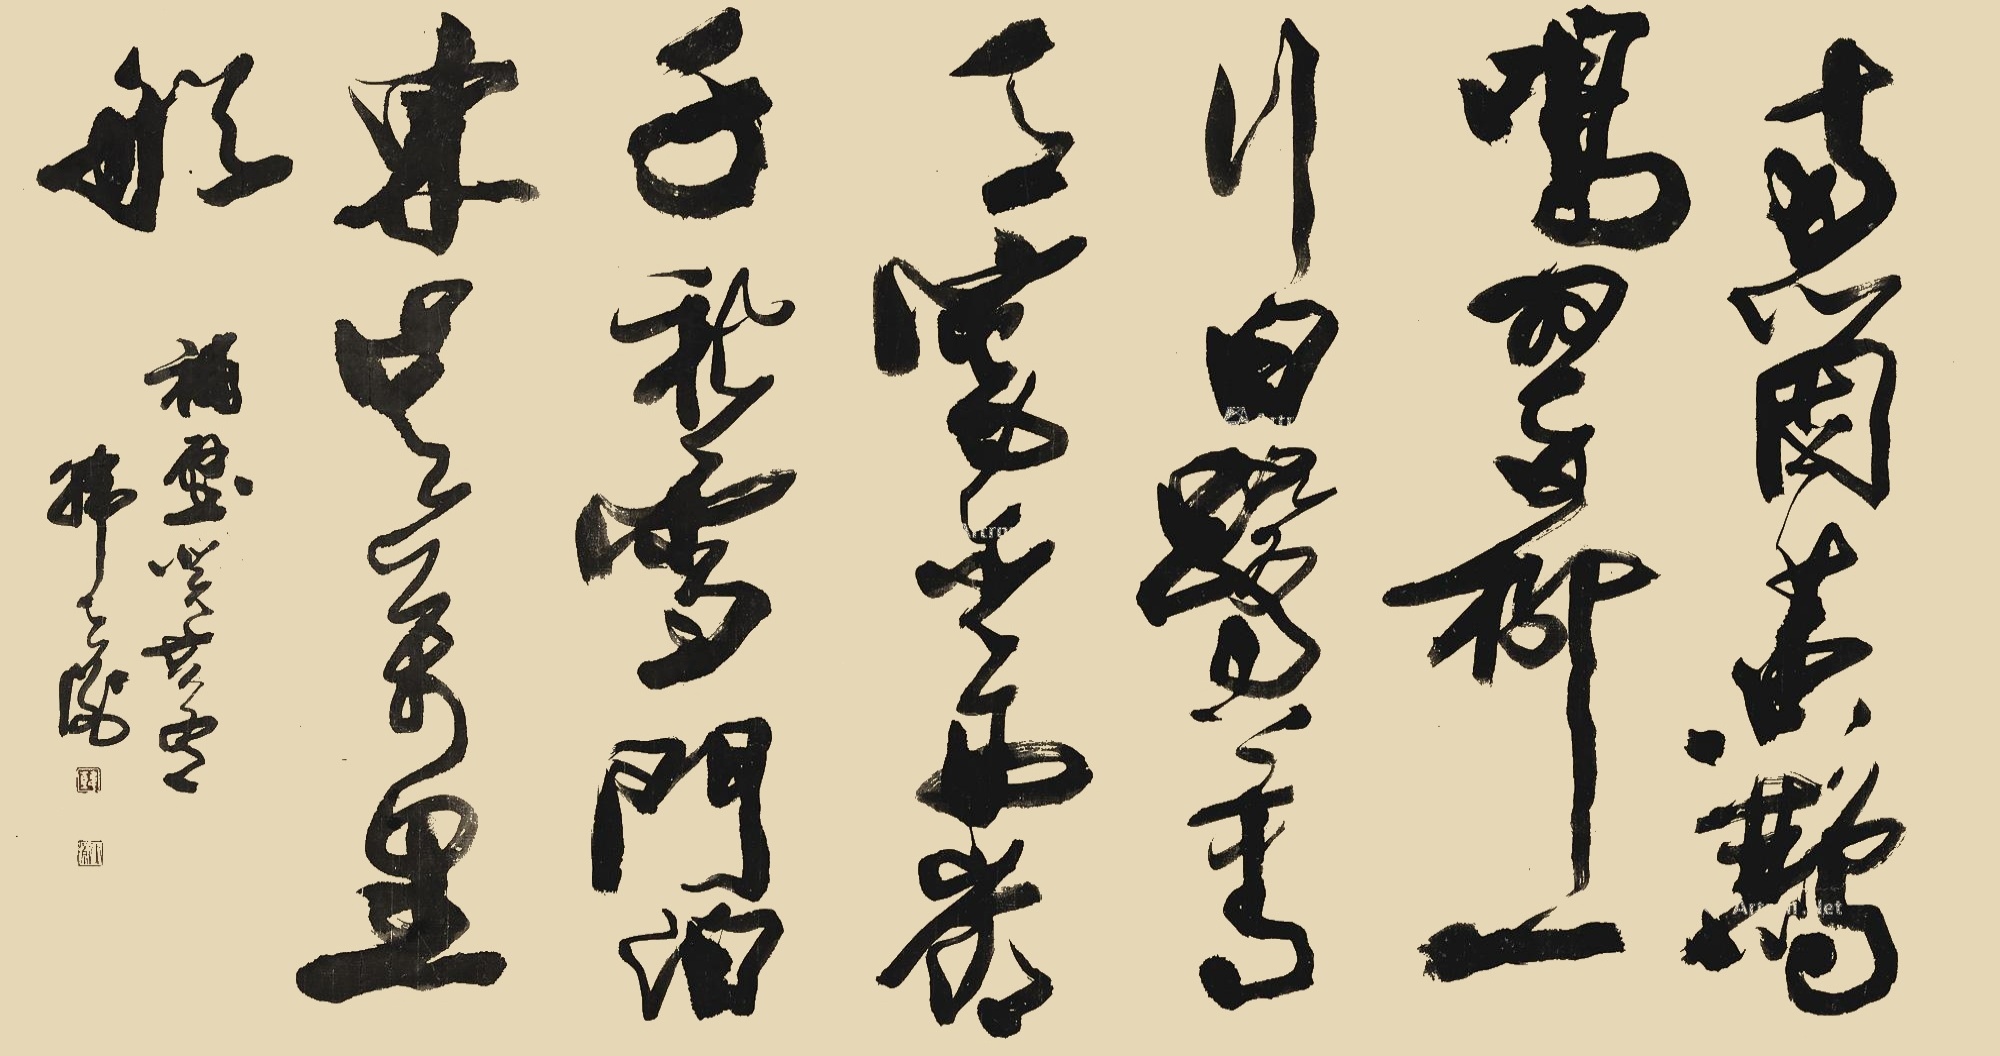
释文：两个黄鹂鸣翠柳，一行白鹭上青天。窗含西岭千秋雪，门泊东吴万里船。韩天衡书